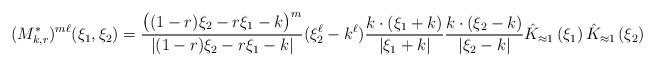
LaTeX: \begin{align*}(M_{k,r}^*)^{m\ell}(\xi_1, \xi_2) = \frac{\big( (1-r) \xi_2 - r \xi_1 - k \big)^m}{| (1-r) \xi_2 - r \xi_1 -k |} (\xi_2^\ell - k^\ell) \frac{k \cdot (\xi_1 + k )}{|\xi_1 + k|} \frac{ k \cdot (\xi_2 - k ) }{|\xi_2 - k|} \hat K_{\approx 1}\left( \xi_1 \right) \hat K_{\approx 1}\left(\xi_2 \right) \end{align*}